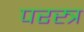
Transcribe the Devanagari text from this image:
परस्त्र